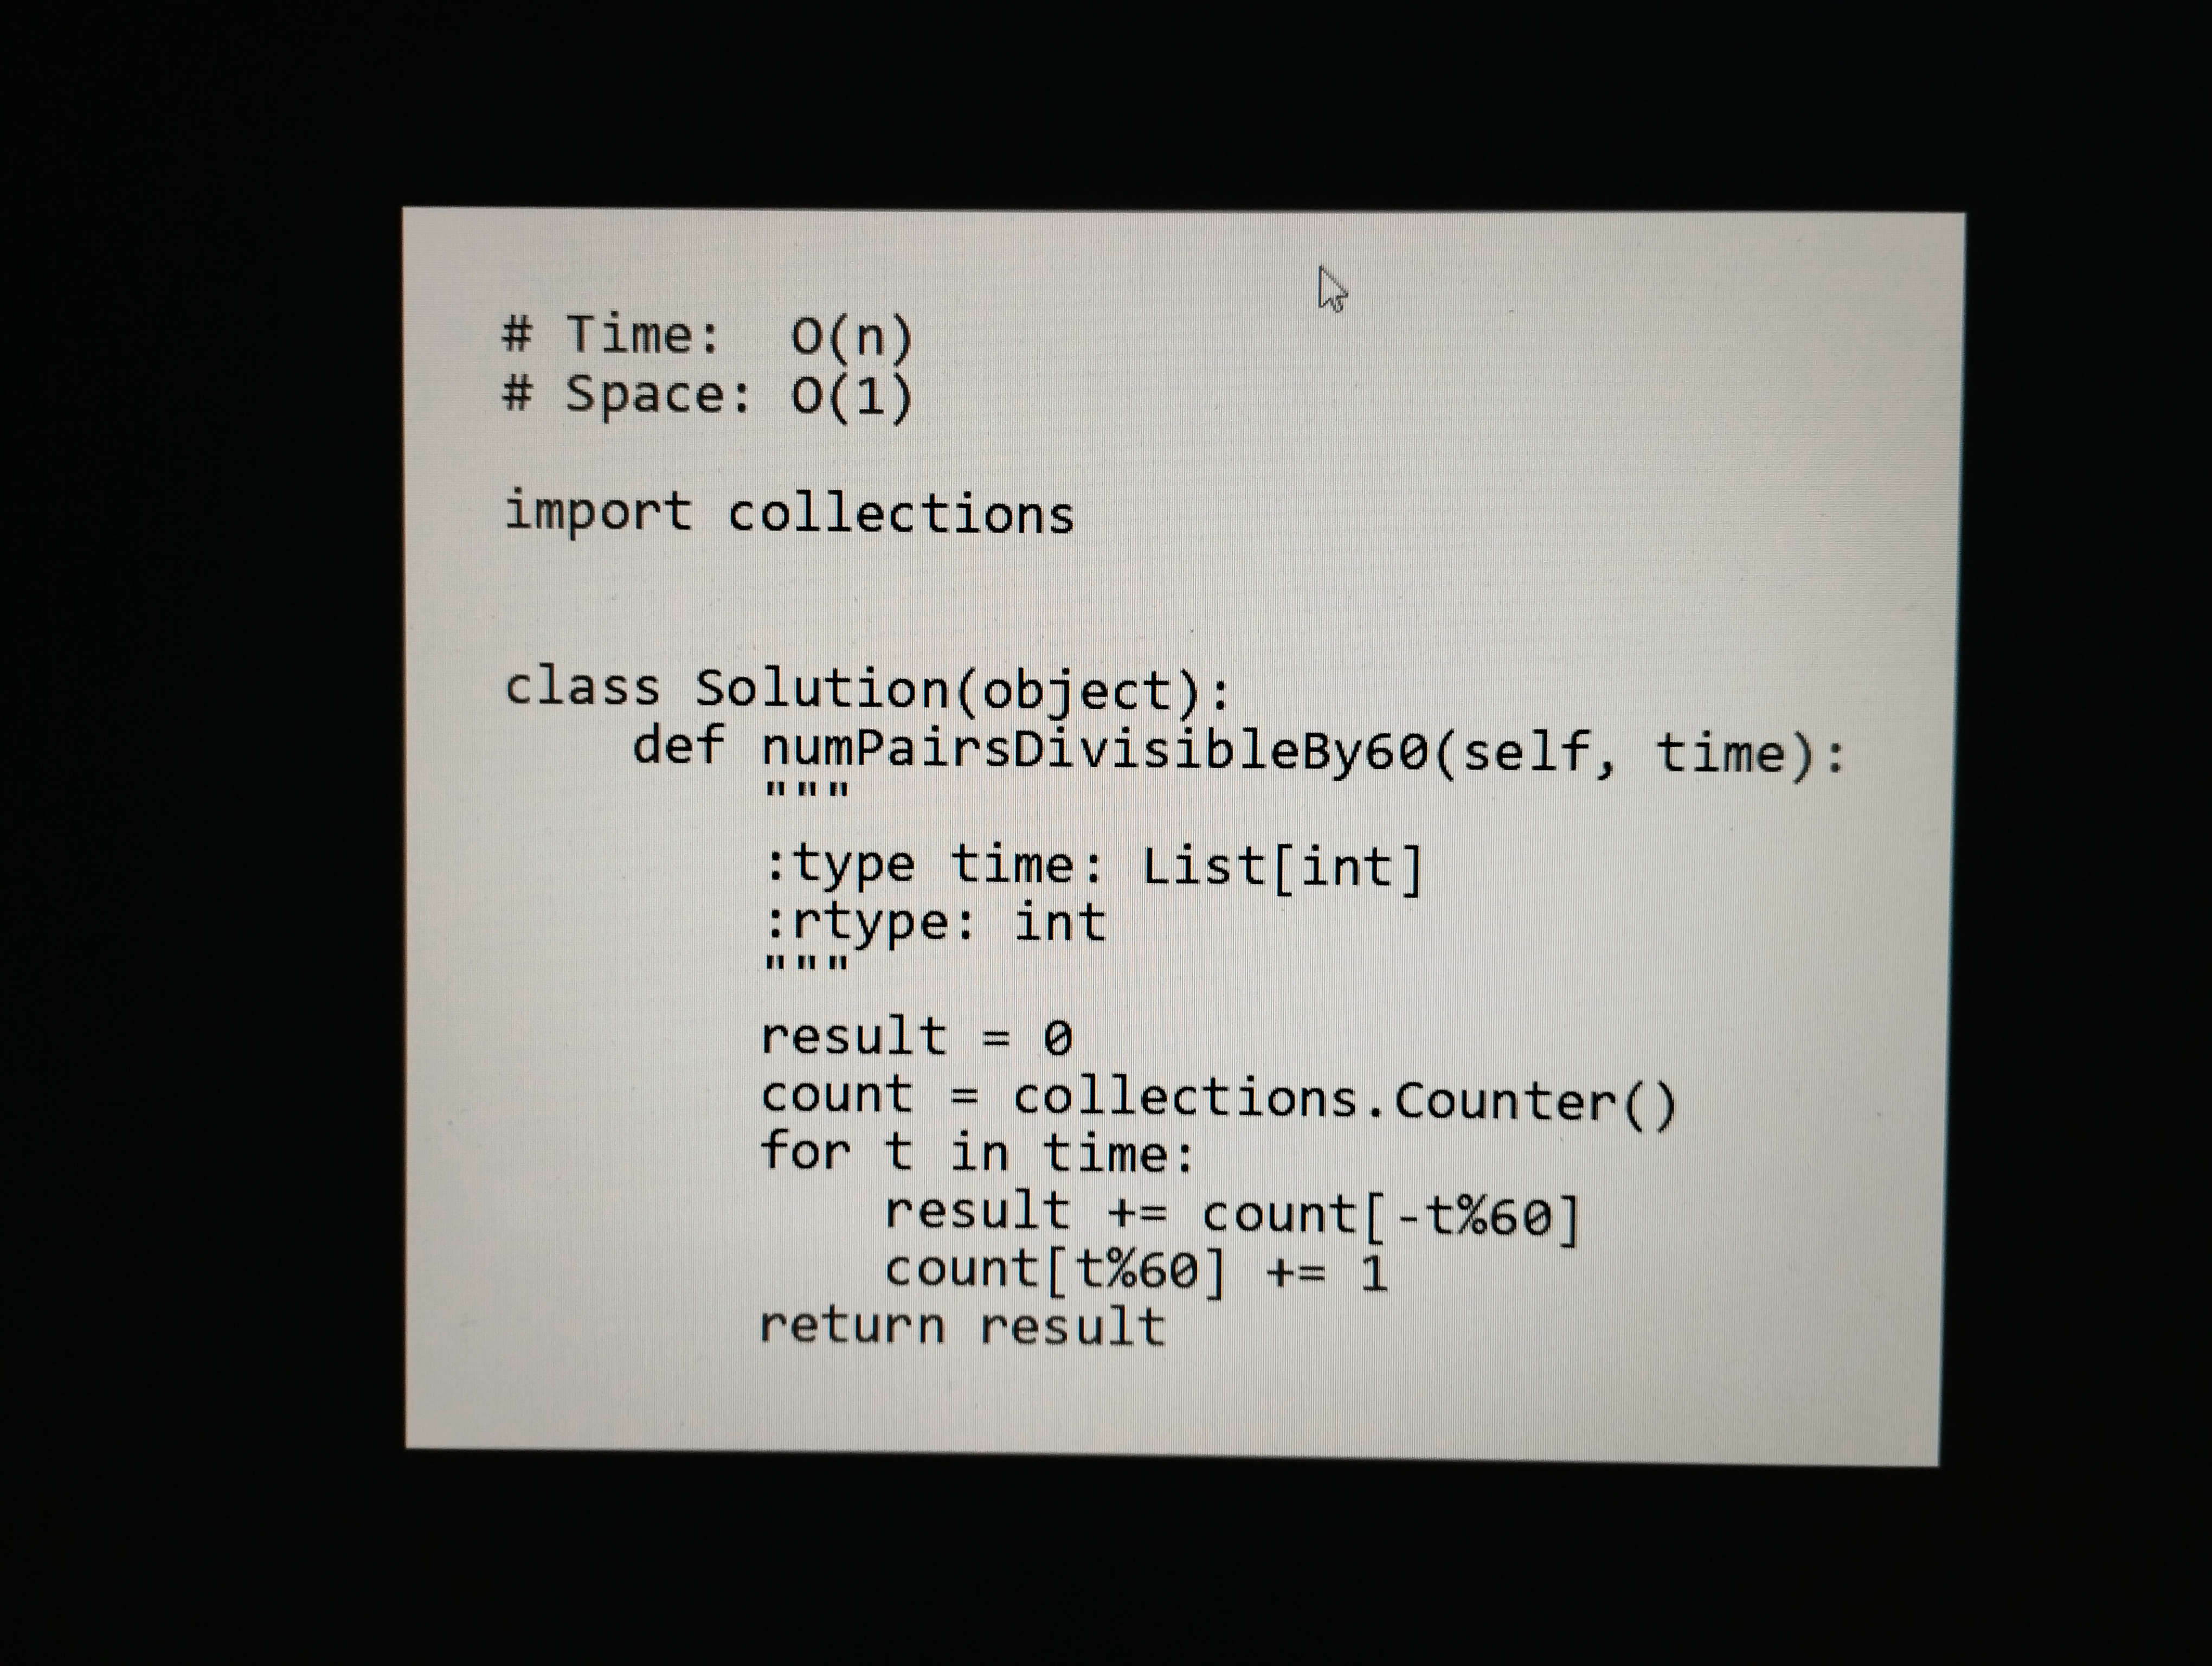
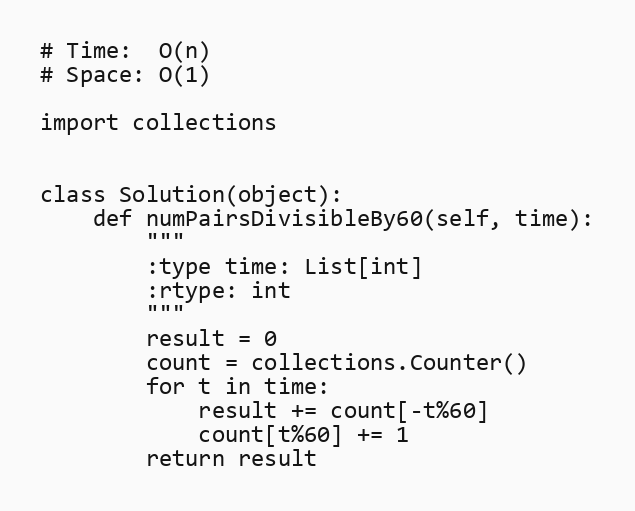
# Time:  O(n)
# Space: O(1)

import collections

class Solution(object):
    def numPairsDivisibleBy60(self, time):
        """
        :type time: List[int]
        :rtype: int
        """
        result = 0
        count = collections.Counter()
        for t in time:
            result += count[-t%60]
            count[t%60] += 1
        return result